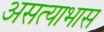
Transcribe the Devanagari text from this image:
असत्याभास